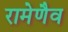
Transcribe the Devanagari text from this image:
रामेणैव